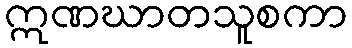
ဣဏဃာတသူစကာ